Indian journal of veterinary science and animal husbandry - Volume 1,
Year: 1931
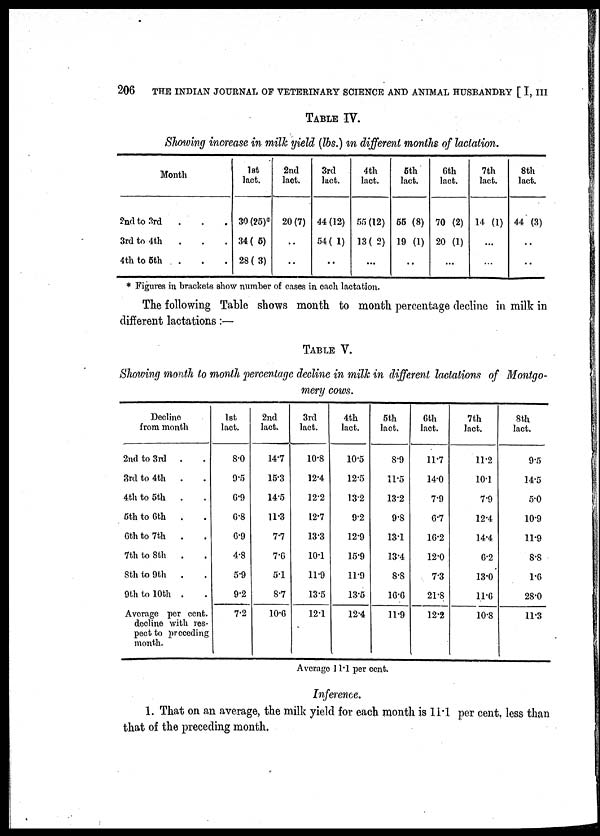
206
THE INDIAN JOURNAL OF VETERINARY SCIENCE AND ANIMAL HUSBANDRY [ I, III
TABLE IV.
Showing increase in milk yield (lbs.) in different months of lactation.
Month
2nd to 3rd
3rd to 4th
4th to 5th
1st
lact.
30 (25)*
34 (5)
28 (3)
2nd
lact.
20(7)
..
..
3rd
lact.
44 (12)
54 (1)
..
4th
lact.
55 (12)
13 (2)
..
5th
lact.
55 (8)
19 (1)
..
6th
lact.
70 (2)
20 (1)
..
7th
lact.
14 (1)
..
..
8th
lact.
44 (3)
..
..
* Figures in brackets show number of cases in each lactation.
The following Table shows month to month percentage decline in milk in
different lactations:—
TABLE V.
Showing month to month percentage decline in milk in different lactations of Montgo-
mery cows.
Decline
from month
2nd to 3rd
.
3rd to 4th .
4th to 5th .
5th to 6th .
6th to 7th
.
7th to 8th
.
8th to 9th .
9th to 10th .
Average per cent.
decline with res-
pect to preceding
month.
1st
lact.
8.0
9.5
6.9
6.8
6.9
4.8
5.9
9.2
7.2
2nd
lact.
14.7
15.3
14.5
11.3
7.7
7.6
5.1
8.7
10.6
3rd
lact.
10.8
12.4
12.2
12.7
13.3
10.1
11.9
13.5
12.1
4th
lact.
10.5
12.5
13.2
9.2
12.9
15.9
11.9
13.5
12.4
5th
lact.
8.9
11.5
13.2
9.8
13.1
13.4
8.8
16.6
11.9
6th
lact.
11.7
14.0
7.9
6.7
16.2
12.0
7.3
21.8
12.2
7th
lact.
11.2
10.1
7.9
12.4
14.4
6.2
13.0
11.6
10.8
8th
lact.
9.5
14.5
5.0
10.9
11.9
8.8
1.6
28.0
11.3
Average 11.1 per cent.
Inference.
1. That on an average, the milk yield for each month is 11.1 per cent. less than
that of the preceding month.